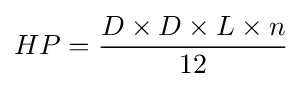
HP={\frac {D\times D\times L\times n}{12}}